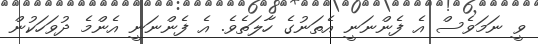
ވީ ނަމަވެސް އެ ފެންނަނީ އެތަނުގެ ހާލަތެވެ. އެ ފެންނަނީ އެންމެ ދުވަހަކުން